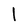
Character: l